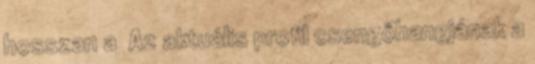
hosszan a Az aktuális profil csengőhangjának a